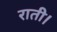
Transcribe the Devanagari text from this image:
राती।